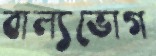
বাল্যভোগ